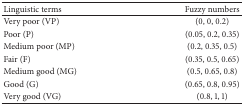
<table><thead><tr><td><b>Linguistic terms</b></td><td><b>Fuzzy numbers</b></td></tr></thead><tbody><tr><td>Very poor (VP)</td><td>(0, 0, 0.2)</td></tr><tr><td>Poor (P)</td><td>(0.05, 0.2, 0.35)</td></tr><tr><td>Medium poor (MP)</td><td>(0.2, 0.35, 0.5)</td></tr><tr><td>Fair (F)</td><td>(0.35, 0.5, 0.65)</td></tr><tr><td>Medium good (MG)</td><td>(0.5, 0.65, 0.8)</td></tr><tr><td>Good (G)</td><td>(0.65, 0.8, 0.95)</td></tr><tr><td>Very good (VG)</td><td>(0.8, 1, 1)</td></tr></tbody></table>